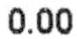
0.00